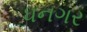
ધનગર